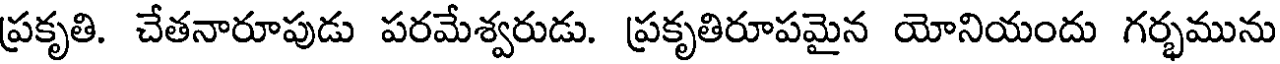
ప్రకృతి. చేతనారూపుడు పరమేశ్వరుడు. ప్రకృతిరూపమైన యోనియందు గర్భమును